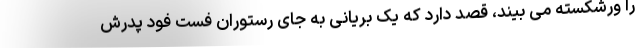
را ورشکسته می بیند، قصد دارد که یک بریانی به جای رستوران فست فود پدرش